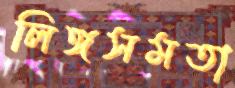
লিঙ্গসমতা